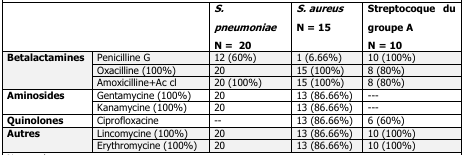
<table><thead><tr><td colspan="2"></td><td><b><i>S. pneumoniae</i> N = 20</b></td><td><b><i>S. aureus</i> N = 15</b></td><td><b>Streptocoque du groupe A N = 10</b></td></tr></thead><tbody><tr><td rowspan="3"><b>Betalactamines</b></td><td>Penicilline G</td><td>12 (60%)</td><td>1 (6.66%)</td><td>10 (100%)</td></tr><tr><td>Oxacilline (100%)</td><td>20</td><td>15 (100%)</td><td>8 (80%)</td></tr><tr><td>Amoxicilline + Ac cl</td><td>20 (100%)</td><td>15 (100%)</td><td>8 (80%)</td></tr><tr><td rowspan="2"><b>Aminosides</b></td><td>Gentamycine (100%)</td><td>20</td><td>13 (86.66%)</td><td>---</td></tr><tr><td>Kanamycine (100%)</td><td>20</td><td>13 (86.66%)</td><td>---</td></tr><tr><td><b>Quinolones</b></td><td>Ciprofloxacine</td><td>--</td><td>13 (86.66%)</td><td>6 (60%)</td></tr><tr><td rowspan="2"><b>Autres</b></td><td>Lincomycine (100%)</td><td>20</td><td>13 (86.66%)</td><td>10 (100%)</td></tr><tr><td>Erythromycine (100%)</td><td>20</td><td>13 (86.66%)</td><td>10 (100%)</td></tr></tbody></table>